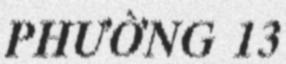
PHƯỜNG 13